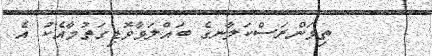
ތިމަންރަސްކަލާނގެ ބައްލަވާވޮޑިގަތުމާއެކު އެ